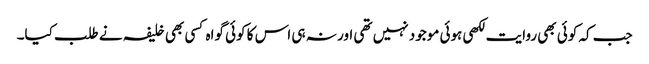
جب کہ کوئی بھی روایت لکھی ہوئی موجود نہیں تھی اور نہ ہی اس کا کوئی گواہ کسی بھی خلیفہ نے طلب کیا۔